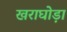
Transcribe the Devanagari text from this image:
खराघोड़ा